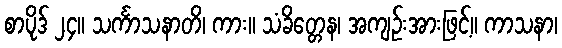
စာပိုဒ် ၂၄။ သင်္ကာသနာတိ၊ ကား။ သံခိတ္တေန၊ အကျဉ်းအားဖြင့်။ ကာသနာ၊